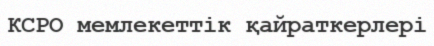
КСРО мемлекеттік қайраткерлері